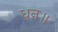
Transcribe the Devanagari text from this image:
धन॥